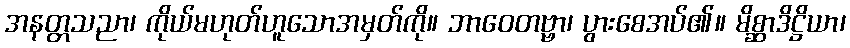
အနတ္တသညာ၊ ကိုယ်မဟုတ်ဟူသောအမှတ်ကို။ ဘာဝေတဗ္ဗာ၊ ပွားစေအပ်၏။ မိစ္ဆာဒိဋ္ဌိယာ၊